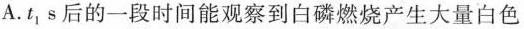
A.t_{1}s后的一段时间能观察到白磷燃烧产生大量白色